38_143685_box_Incident_Summaries_173-233
Agency: Department of War
Page 114
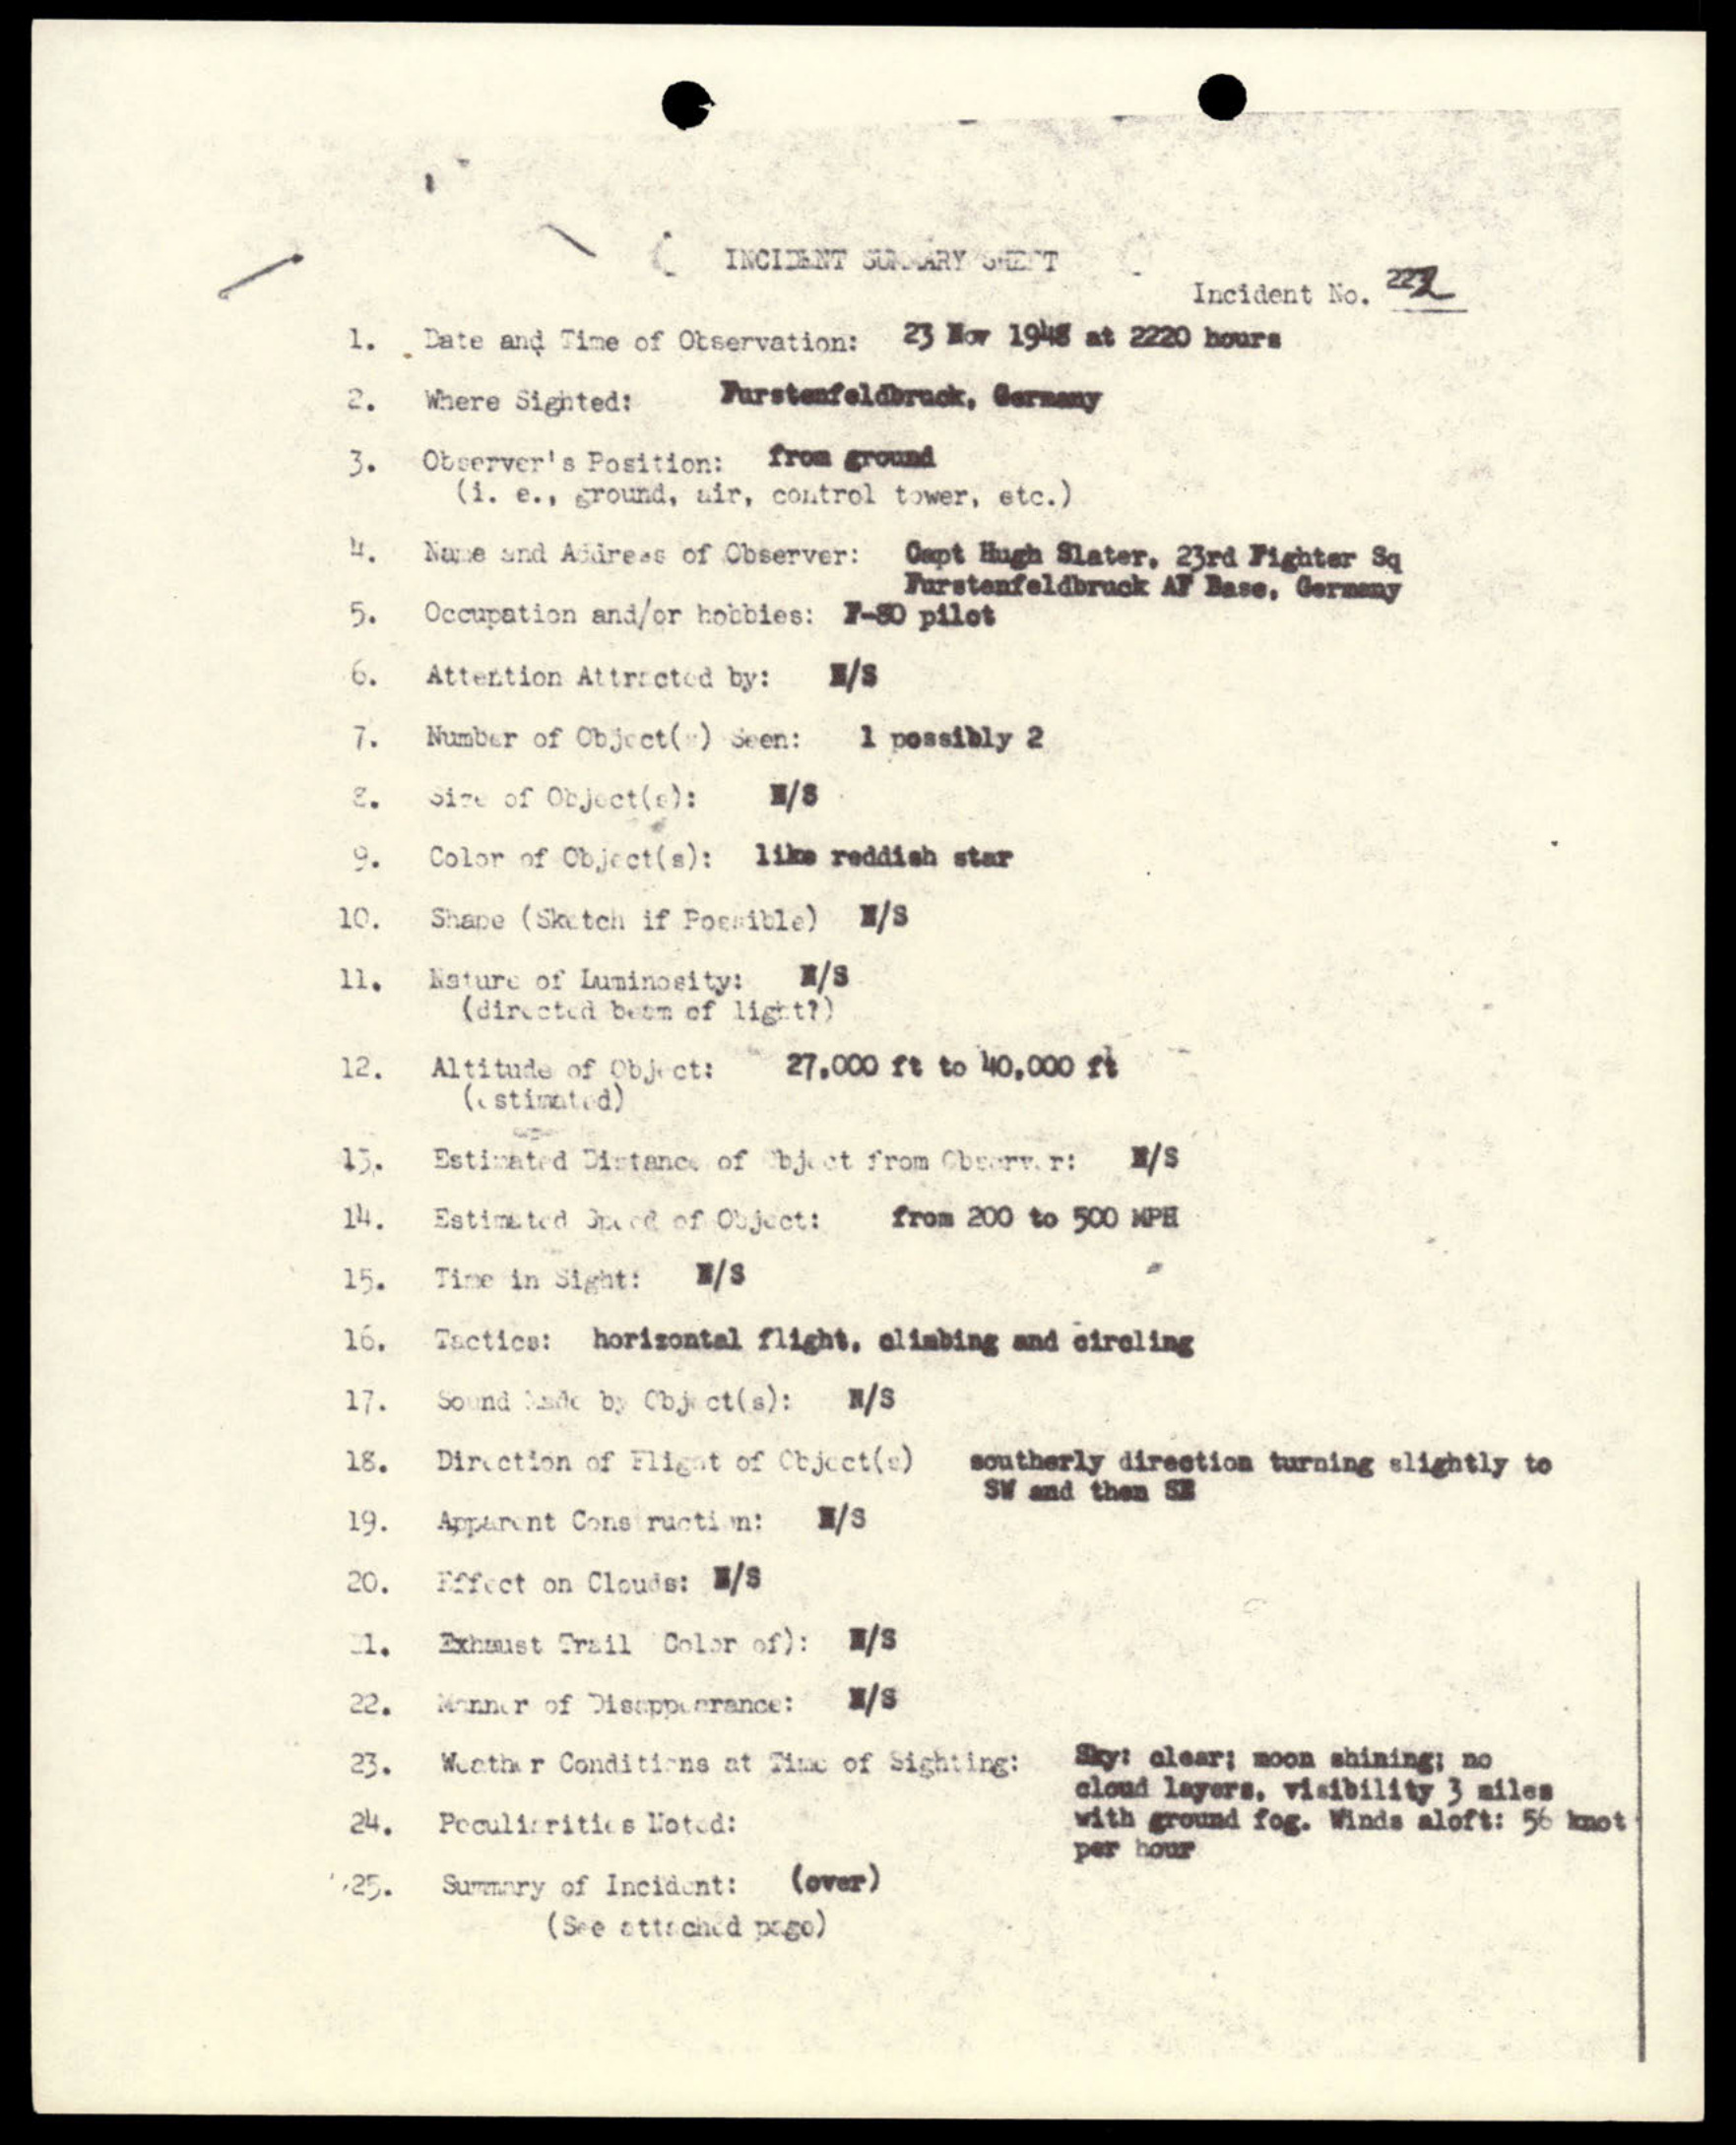